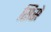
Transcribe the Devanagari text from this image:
सिसे